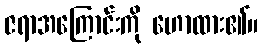
ဇရာအကြောင်းကို ဟောထား၏။